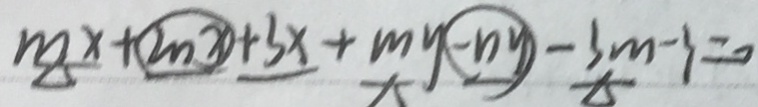
m x + 2 n x + 3 x + m y - n y - 3 m - 3 = 0